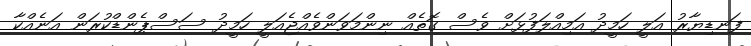
ފަނޑިޔާރު އަލީ ހަމީދު އަމިއްލަފުޅަށް ވެސް ގޮތެއް ނިންމަވަންވެއްޖެއަލީ ހަމީދު ސަސްޕެންޑްކުރަން އަނެއްކާ